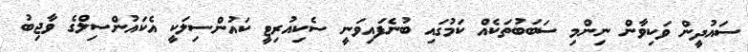
ސައުދީން ވަކިވާން ނިންމި ސަބަބުތަކެއް ކަމުގައި ބުނެފައިވަނީ ސެކިއުރިޓީ ކައުންސިލަކީ އެކައުންސިލްގެ ވާޖިބު